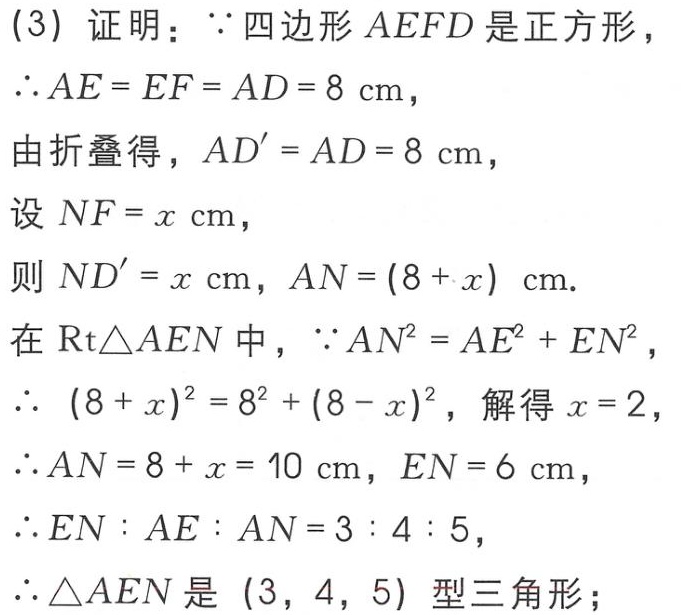
(3) 证明：$\because$四边形$AEFD$是正方形，
$\therefore AE = EF = AD = 8\mathrm{cm}$，
由折叠得，$AD^{\prime}=AD = 8\mathrm{cm}$，
设$NF = x\mathrm{cm}$，
则$ND^{\prime}=x\mathrm{cm}$，$AN=(8 + x)\mathrm{cm}$.
在$\mathrm{Rt}\triangle AEN$中，$\because AN^{2}=AE^{2}+EN^{2}$，
$\therefore (8 + x)^{2}=8^{2}+(8 - x)^{2}$，解得$x = 2$，
$\therefore AN = 8 + x = 10\mathrm{cm}$，$EN = 6\mathrm{cm}$，
$\therefore EN:AE:AN = 3:4:5$，
$\therefore\triangle AEN$是$(3,4,5)$型三角形；